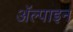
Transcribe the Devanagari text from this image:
ॲल्पाइन